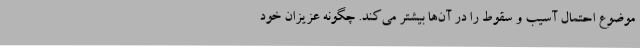
موضوع احتمال آسیب و سقوط را در آن‌ها بیشتر می‌کند. چگونه عزیزان خود